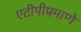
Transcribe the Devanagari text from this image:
एटीपीप्रमाणे